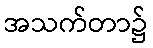
အသက်တာ၌